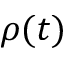
\rho ( t )